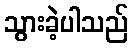
သွားခဲ့ပါသည်